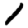
Digit: 1